On a parasite found in persons suffering from enlargement of the spleen in India - Number 15
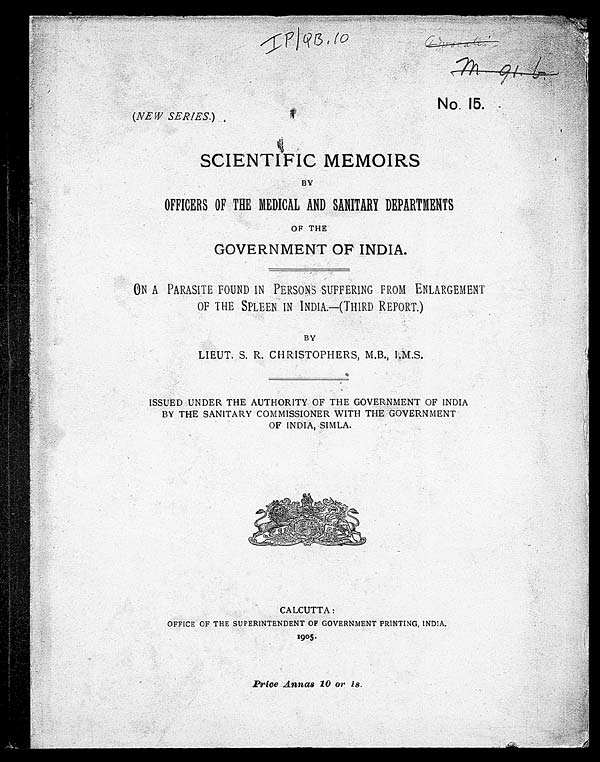
IP/QB, 10
No. 15.
(NEW SERIES.)
SCIENTIFIC MEMOIRS
BY
OFFICERS OF 'THE MEDICAL AND SANITARY DEPARTMENTS
OF THE
GOVERNMENT OF INDIA.
ON A PARASITE FOUND IN PERSONS SUFFERING FROM ENLARGEMENT
OF THE SPLEEN IN INDIA.—(THIRD REPORT.)
BY
LIEUT. S. R. CHRISTOPHERS, M.B., I.M.S.
ISSUED UNDER THE AUTHORITY OF THE GOVERNMENT OF INDIA
BY THE SANITARY COMMISSIONER WITH THE GOVERNMENT
OF INDIA, SIMLA.
CALCUTTA:
OFFICE OF THE SUPERINTENDENT OF GOVERNMENT PRINTING, INDIA.
1905 .
Price Annas 10 or 1s.